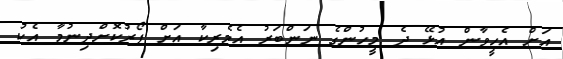
އަށް އެހީވާން އުޅޭ ދެ މީހުންގެ ނަންބަރު އެމެރިކާ އަށް ފޯރުކޮށްދިނުމާ އެކު